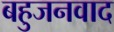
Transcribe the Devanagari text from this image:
बहुजनवाद